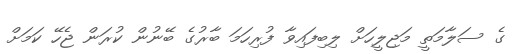
ގެ ސަލާމަތީ މަޖިލީހަށް ލިބިފައިވާ ފުރިހަމަ ބާރުގެ ބޭނުން ކުރަން ޖެހޭ ކަމަށް